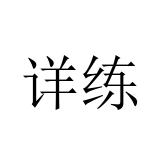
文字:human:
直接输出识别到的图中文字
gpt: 详练